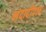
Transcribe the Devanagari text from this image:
नंदादीप१६